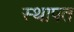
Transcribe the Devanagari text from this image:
स्थापत